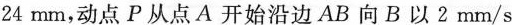
2 4 m m$$，动点P从点A开始沿边AB向B以2mm/s